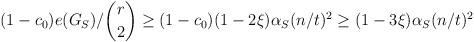
LaTeX: \begin{align*}(1-c_0)e(G_S)/\binom{r}{2}\ge (1-c_0)(1-2\xi)\alpha_S (n/t)^2\ge (1-3\xi)\alpha_S (n/t)^2\end{align*}